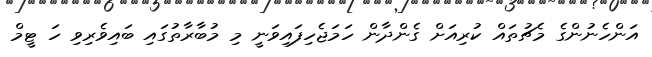
އަންހެނުންގެ މެޗުތައް ކުރިއަށް ގެންދާން ހަމަޖެހިފައިވަނީ މި މުބާރާތުގައި ބައިވެރިވި ހަ ޓީމް